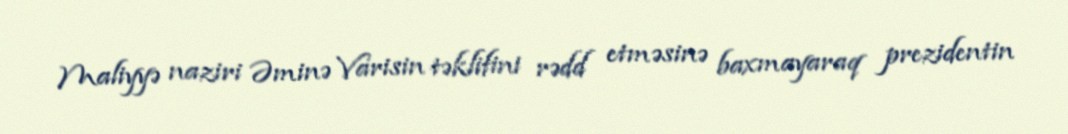
Maliyyə naziri Əminə Varisin təklifini rədd etməsinə baxmayaraq prezidentin